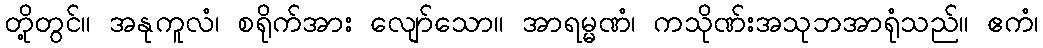
တို့တွင်။ အနုကူလံ၊ စရိုက်အား လျော်သော။ အာရမ္မဏံ၊ ကသိုဏ်းအသုဘအာရုံသည်။ ဧကံ၊